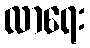
လာရေး